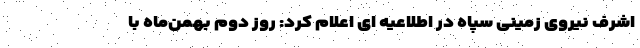
اشرف نیروی زمینی سپاه در اطلاعیه ای اعلام کرد: روز دوم بهمن‌ماه با